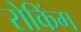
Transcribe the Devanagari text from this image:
रोकिंग